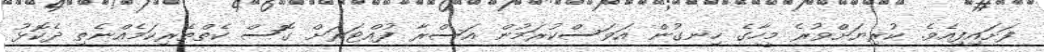
ފަށައިފިއެވެ. ކުރިޔަށްވުރެ މީހާގެ ހިނގުން އަވަސްކުރަމުން އަސްރާ ފުއްޓަރަށް ގޮސް ކެތްތެރިކަމެއްނެތި ދެކޮޅު